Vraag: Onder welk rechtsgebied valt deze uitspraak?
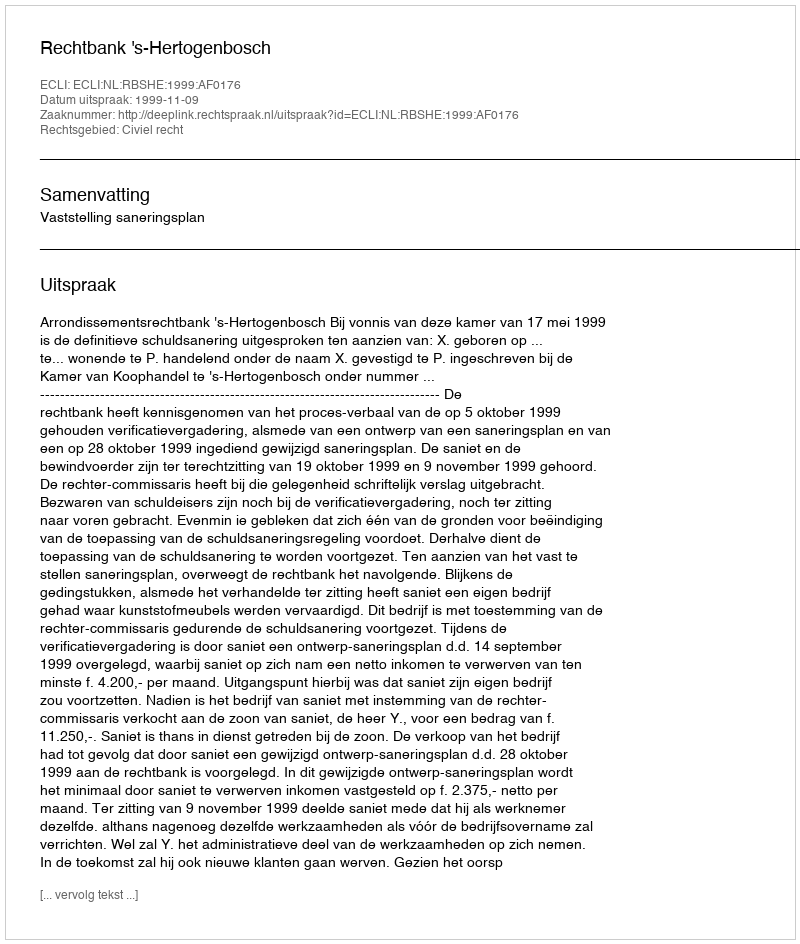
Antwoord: Civiel recht